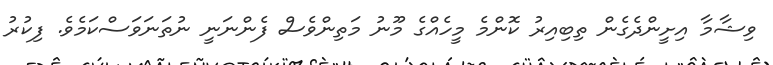
ވިޝާމާ އިށީންދެގެން ތިބިއިރު ކޮންމެ މީހެއްގެ މޫނު މަތިންވެސް ފެންނަނީ ނުތަނަވަސްކަމެވެ. ފިކުރު